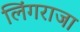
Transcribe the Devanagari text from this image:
लिंगराजा